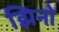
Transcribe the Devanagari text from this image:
झिनो